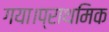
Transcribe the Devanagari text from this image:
गया।प्राथमिक